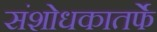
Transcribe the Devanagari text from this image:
संशोधकातर्फे